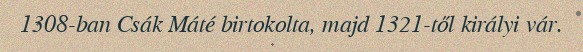
1308-ban Csák Máté birtokolta, majd 1321-től királyi vár.